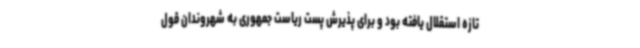
تازه استقلال یافته بود و برای پذیرش پست ریاست جمهوری به شهروندان قول